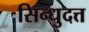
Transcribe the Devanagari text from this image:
सिन्धुदत्त